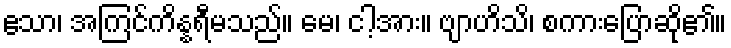
ဧသာ၊ အကြင်ကိန္နရီမသည်။ မေ၊ ငါ့အား။ ဗျာဟိသိ၊ စကားပြောဆို၏။